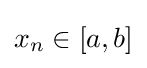
x_{n}\in [a,b]